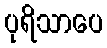
ပုရိသာပေ